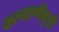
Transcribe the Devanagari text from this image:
कल्याणीकुट्टी